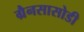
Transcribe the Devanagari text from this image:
ग्रैनसासोडी